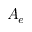
A _ { e }